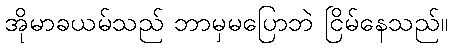
အိုမာခယမ်သည် ဘာမှမပြောဘဲ ငြိမ်နေသည်။